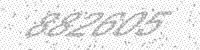
Solution: 882605